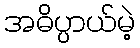
အဓိပ္ပာယ်မဲ့